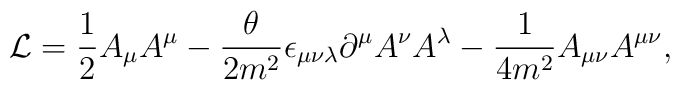
{\cal L}={1\over 2}A_\mu A^\mu -{\theta \over{2m^2}}\epsilon_{\mu\nu\lambda}\partial^\mu A^\nu A^\lambda -{1\over{4m^2}}A_{\mu\nu}A^{\mu\nu},